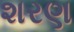
શરણ